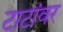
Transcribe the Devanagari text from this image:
टाटांवर